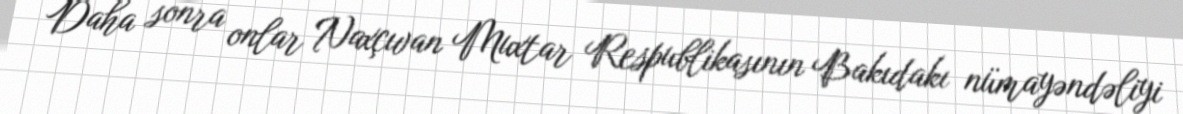
Daha sonra onlar Naxçıvan Muxtar Respublikasının Bakıdakı nümayəndəliyi